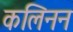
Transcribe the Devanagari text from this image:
कलिनन